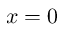
x = 0